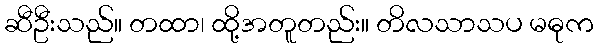
ဆီဦးသည်။ တထာ၊ ထို့အတူတည်း။ တိလသာသပ မဓုက